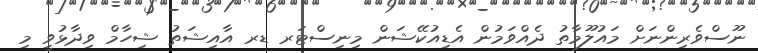
ނޫސްވެރިންނަށް މައުލޫމާތު ދެއްވަމުން އެޑިއުކޭޝަން މިނިސްޓަރ ޑރ އާއިޝަތު ޝިހާމް ވިދާޅުވީ މި